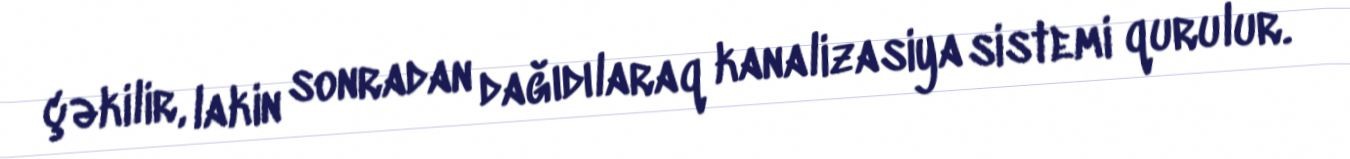
çəkilir, lakin sonradan dağıdılaraq kanalizasiya sistemi qurulur.